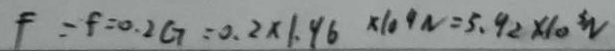
F = f = 0 . 2 G = 0 . 2 \times 1 . 4 6 \times 1 0 ^ { 4 } N = 5 . 9 2 \times 1 0 ^ { 3 } N